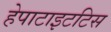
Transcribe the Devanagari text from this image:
हेपाटाइटटिस